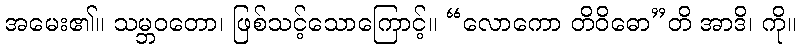
အမေး၏။ သမ္ဘဝတော၊ ဖြစ်သင့်သောကြောင့်။ “လောကော တိဝိဓော”တိ အာဒိ၊ ကို။